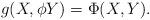
LaTeX: \begin{align*} g(X,\phi Y)=\Phi(X,Y). \end{align*}